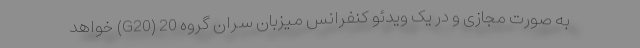
به صورت مجازی و در یک ویدئو کنفرانس میزبان سران گروه 20 (G20) خواهد